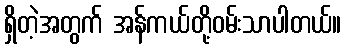
ရှိတဲ့အတွက် အန်ကယ်တို့ဝမ်းသာပါတယ်။